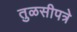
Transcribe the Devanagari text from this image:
तुळसीपत्रे